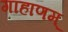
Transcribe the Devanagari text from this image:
गाहाणम्